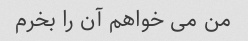
من می خواهم آن را بخرم